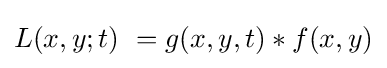
L(x,y;t)\ =g(x,y,t)*f(x,y)